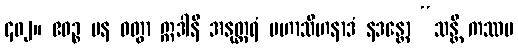
၄၀၂။ ဧဝဉ္စ ပန ဝတွာ ဣဒါနိ အနုတ္တရံ မဟာသီဟနာဒံ နဒန္တော “သန္တိ ကဿပ